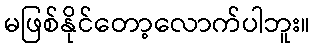
မဖြစ်နိုင်တော့လောက်ပါဘူး။